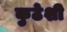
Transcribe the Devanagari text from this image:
कुठेशी